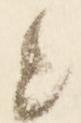
と